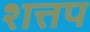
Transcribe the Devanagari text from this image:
शत्तप